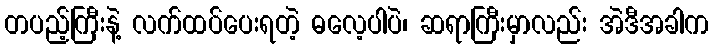
တပည့်ကြီးနဲ့ လက်ထပ်ပေးရတဲ့ ဓလေ့ပါပဲ၊ ဆရာကြီးမှာလည်း အဲဒီအခါက